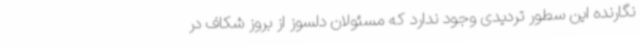
نگارنده این سطور تردیدی وجود ندارد که مسئولان دلسوز از بروز شکاف در